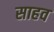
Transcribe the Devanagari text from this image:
साहव